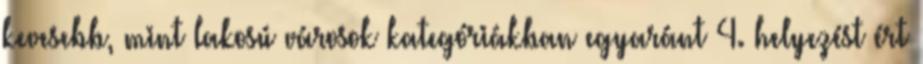
kevesebb, mint lakosú városok kategóriákban egyaránt 4. helyezést ért